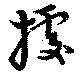
據